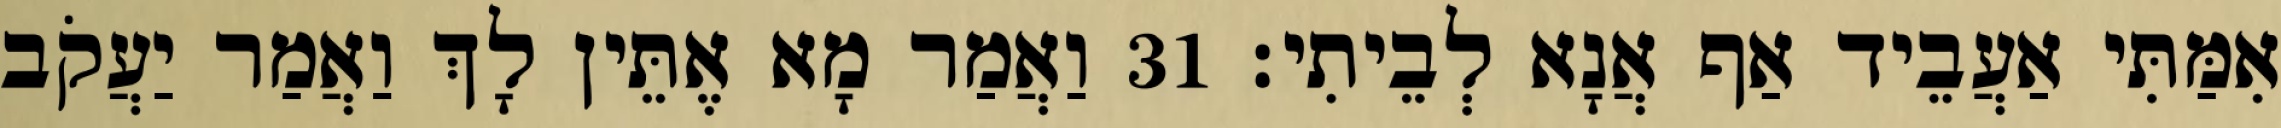
אִמַּתִּי אַעֲבֵיד אַף אֲנָא לְבֵיתִי׃ 31 וַאֲמַר מָא אֶתֵּין לָךְ וַאֲמַר יַעֲקֹב